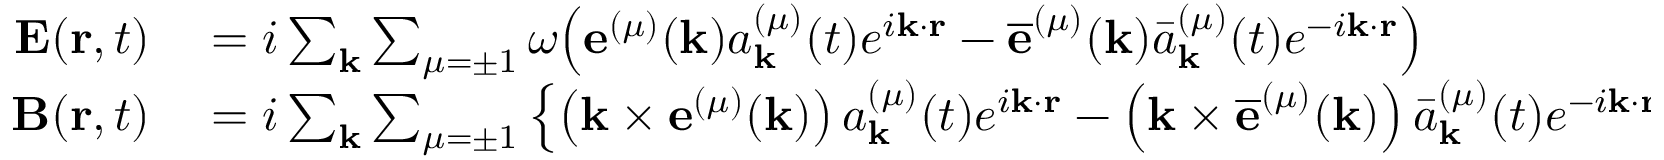
\begin{array} { r l } { \mathbf { E } ( \mathbf { r } , t ) } & { { } = i \sum _ { \mathbf { k } } { \sum _ { \mu = \pm 1 } \omega { \left( { \mathbf { e } ^ { ( \mu ) } } ( \mathbf { k } ) a _ { \mathbf { k } } ^ { ( \mu ) } ( t ) { e ^ { i \mathbf { k } \cdot \mathbf { r } } } - { { \overline { { \mathbf { e } } } } ^ { ( \mu ) } } ( \mathbf { k } ) { \bar { a } } _ { \mathbf { k } } ^ { ( \mu ) } ( t ) { { e } ^ { - i \mathbf { k } \cdot \mathbf { r } } } \right) } } } \\ { \mathbf { B } ( \mathbf { r } , t ) } & { { } = i \sum _ { \mathbf { k } } \sum _ { \mu = \pm 1 } \left\{ \left( \mathbf { k } \times { { \mathbf { e } } ^ { ( \mu ) } } ( \mathbf { k } ) \right) a _ { \mathbf { k } } ^ { ( \mu ) } ( t ) e ^ { i \mathbf { k } \cdot \mathbf { r } } - \left( \mathbf { k } \times { { \overline { { \mathbf { e } } } } ^ { ( \mu ) } } ( \mathbf { k } ) \right) { \bar { a } } _ { \mathbf { k } } ^ { ( \mu ) } ( t ) { { e } ^ { - i \mathbf { k } \cdot \mathbf { r } } } \right\} } \end{array}